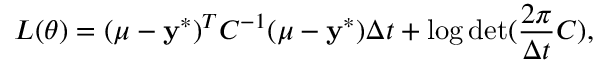
L ( \theta ) = ( \mu - \mathbf { y } ^ { * } ) ^ { T } C ^ { - 1 } ( \mu - \mathbf { y } ^ { * } ) \Delta t + \log \operatorname* { d e t } ( \frac { 2 \pi } { \Delta t } C ) ,